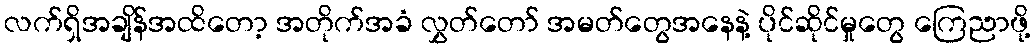
လက်ရှိအချိန်အထိတော့ အတိုက်အခံ လွှတ်တော် အမတ်တွေအနေနဲ့ ပိုင်ဆိုင်မှုတွေ ကြေညာဖို့